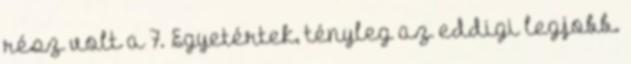
rész volt a 7. Egyetértek, tényleg az eddigi legjobb.